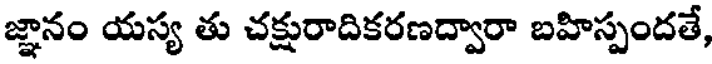
జ్ఞానం యస్య తు చక్షురాదికరణద్వారా బహిస్పందతే,